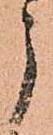
う